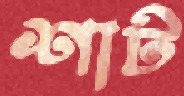
শাট